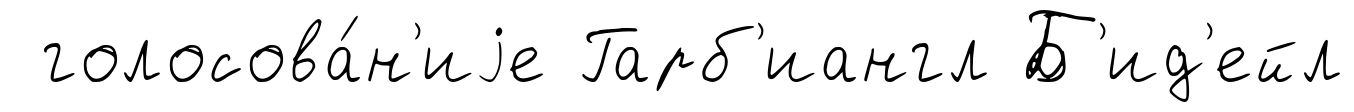
голосова́н'иjе Гарб'иангл Б'ид'ейл